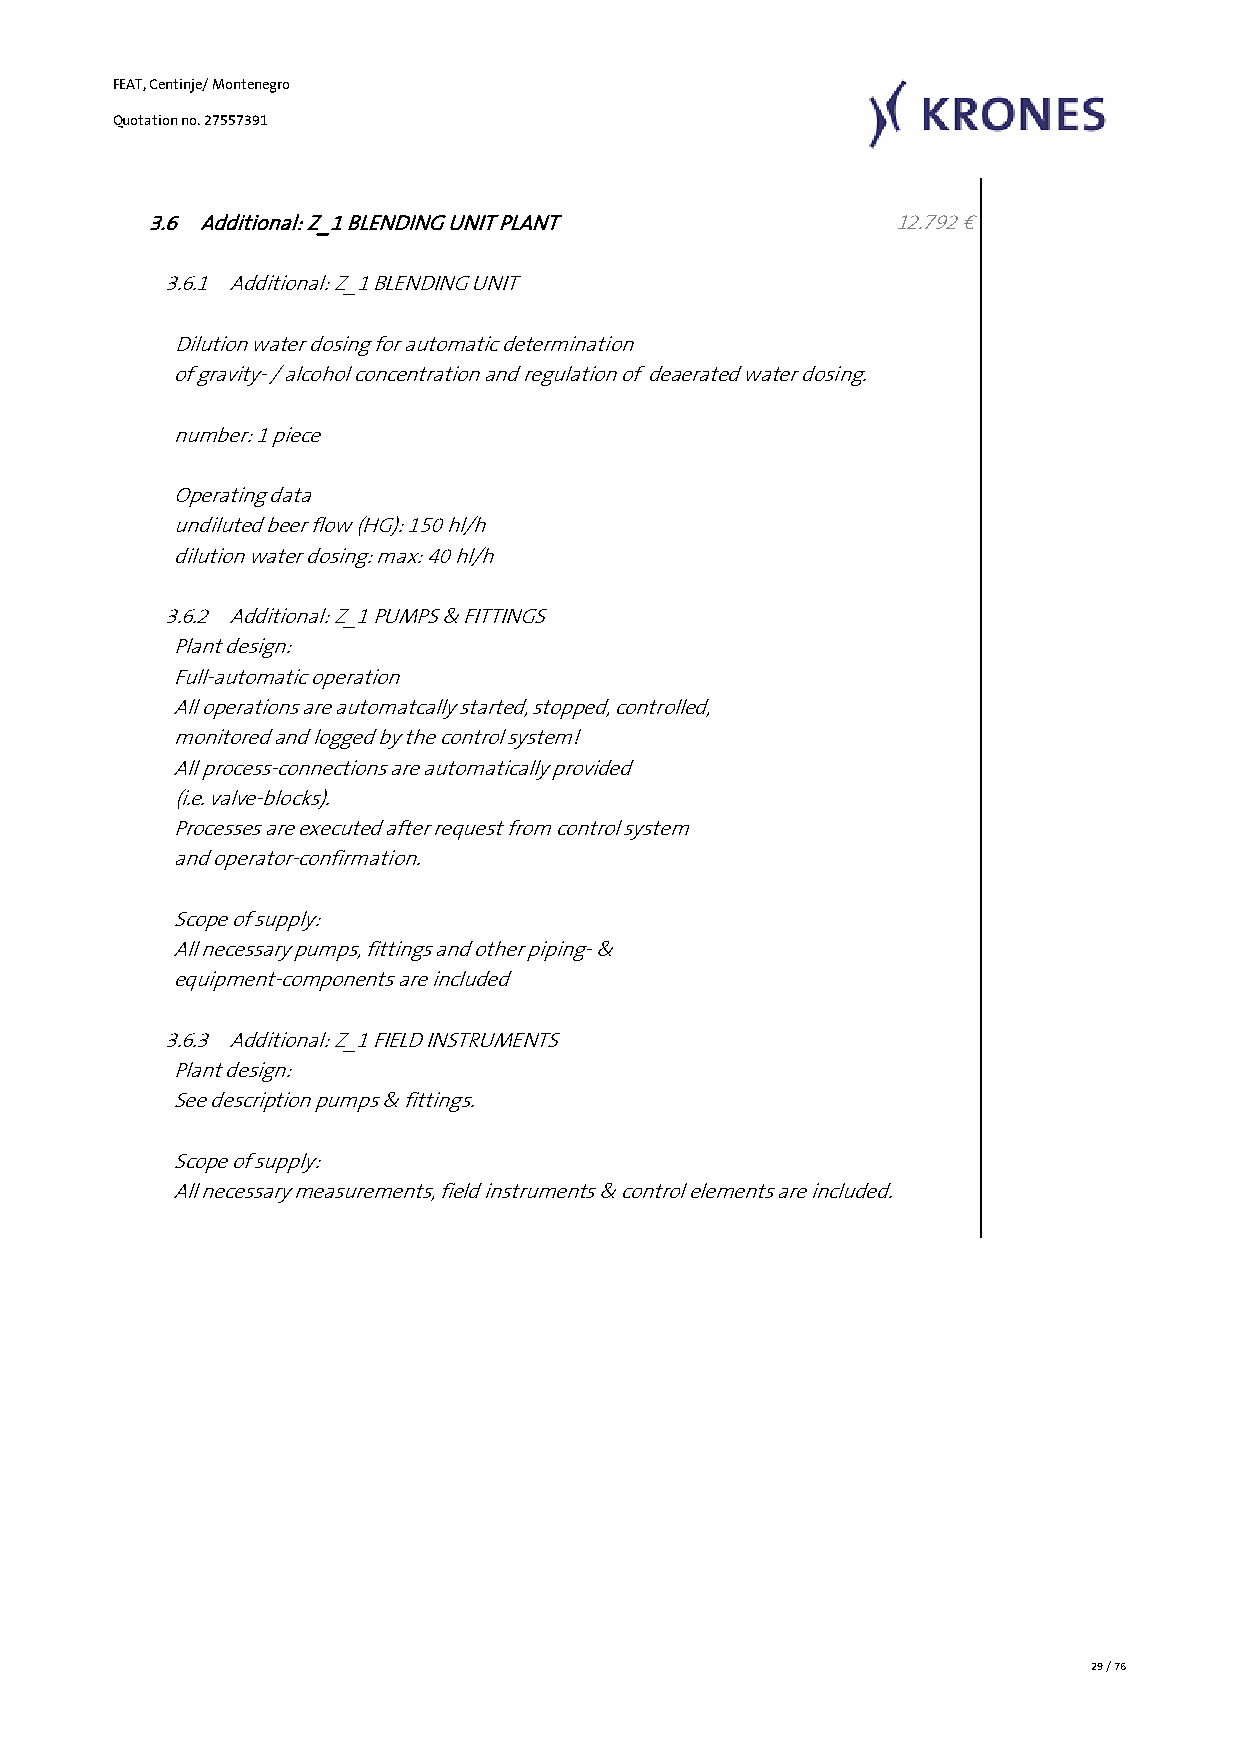
FEAT, Centinje/ Montenegro
 Quotation no. 27557391
 3.6 Additional: Z_1 BLENDING UNIT PLANT           12.792 €
 3.6.1 Additional: Z_1 BLENDING UNIT
 Dilution water dosing for automatic determination
 of gravity- / alcohol concentration and regulation of deaerated water dosing.
 number: 1 piece
 Operating data
 undiluted beer flow (HG): 150 hl/h
 dilution water dosing: max: 40 hl/h
 3.6.2 Additional: Z_1 PUMPS & FITTINGS
 Plant design:
 Full-automatic operation
 All operations are automatcally started, stopped, controlled,
 monitored and logged by the control system!
 All process-connections are automatically provided
 (i.e. valve-blocks).
 Processes are executed after request from control system
 and operator-confirmation.
 Scope of supply:
 All necessary pumps, fittings and other piping- &
 equipment-components are included
 3.6.3 Additional: Z_1 FIELD INSTRUMENTS
 Plant design:
 See description pumps & fittings.
 Scope of supply:
 All necessary measurements, field instruments & control elements are included.
 29 / 76